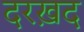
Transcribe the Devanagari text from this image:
दरख़द